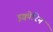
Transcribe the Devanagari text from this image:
इक्वोरिन